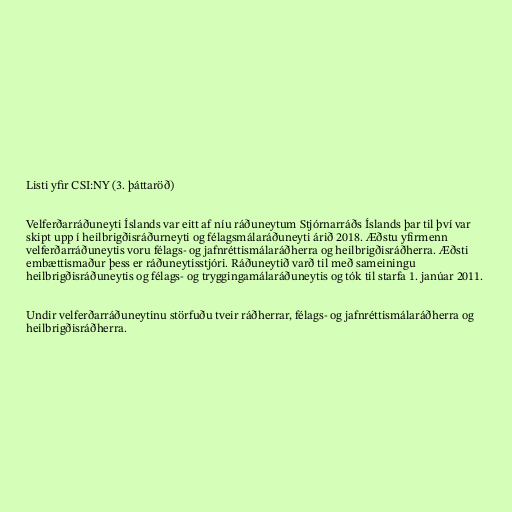
Listi yfir CSI:NY (3. þáttaröð)

Velferðarráðuneyti Íslands var eitt af níu ráðuneytum Stjórnarráðs Íslands þar til því var
skipt upp í heilbrigðisráðurneyti og félagsmálaráðuneyti árið 2018. Æðstu yfirmenn
velferðarráðuneytis voru félags- og jafnréttismálaráðherra og heilbrigðisráðherra. Æðsti
embættismaður þess er ráðuneytisstjóri. Ráðuneytið varð til með sameiningu
heilbrigðisráðuneytis og félags- og tryggingamálaráðuneytis og tók til starfa 1. janúar 2011.

Undir velferðarráðuneytinu störfuðu tveir ráðherrar, félags- og jafnréttismálaráðherra og
heilbrigðisráðherra.